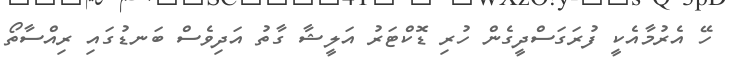
ހޭ އެރުމާއެކީ ފުރަގަސްދީގެން ހުރި ޑޮކްޓަރު އަލީޝާ ގާތު އަދިވެސް ބަނޑުގައި ރިއްސާތޯ